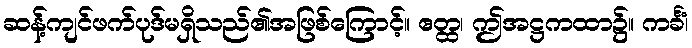
ဆန့်ကျင်ဖက်ပုဒ်မရှိသည်၏အဖြစ်ကြောင့်။ ဧတ္ထ၊ ဤအဋ္ဌကထာ၌။ ကင်္ခံ၊